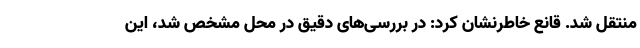
منتقل شد. قانع خاطرنشان کرد: در بررسی‌های دقیق در محل مشخص شد، این